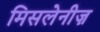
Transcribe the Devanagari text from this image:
मिसलेनीज़